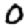
Digit: 0